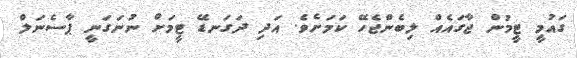
ގައުމީ ޓީމުން ޖާގައެއް ލިބެންޖެހޭ ކަމަށެވެ. އަދި ދަގަނޑޭ ޓީމަށް ނުނަގަނީ ޕާސެނަލް